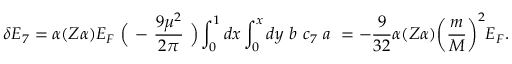
\delta E _ { 7 } = \alpha ( Z \alpha ) E _ { F } ~ \Bigl ( ~ - ~ \frac { 9 \mu ^ { 2 } } { 2 \pi } ~ \Bigr ) \int _ { 0 } ^ { 1 } { d x } \int _ { 0 } ^ { x } { d y } ~ b ~ c _ { 7 } ~ a ~ = - \frac { 9 } { 3 2 } \alpha ( Z \alpha ) \biggl ( \frac { m } { M } \biggr ) ^ { 2 } E _ { F } .